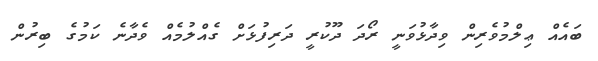
ބައެއް ޢިލްމުވެރިން ވިދާޅުވަނީ ރޯދަ ދޫކުރީ ދަރިފުޅަށް ގެއްލުމެއް ވެދާނެ ކަމުގެ ބިރުން